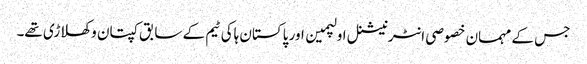
جس کے مہمان خصوصی انٹرنیشنل اولپمین اور پاکستان ہاکی ٹیم کے سابق کپتان و کھلاڑی تھے۔